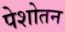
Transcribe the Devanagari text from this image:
पेशोतन